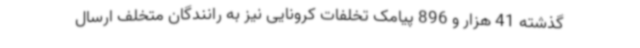
گذشته 41 هزار و 896 پیامک تخلفات کرونایی نیز به رانندگان متخلف ارسال